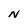
Character: N